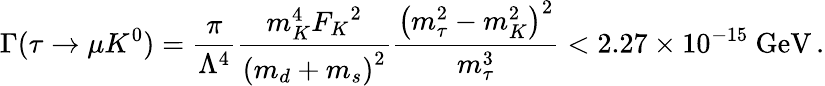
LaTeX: \Gamma(\tau\rightarrow\mu K^{0})=\frac{\pi}{\Lambda^{4}}\frac{m_{K}^{4}{F_{K}}^{2}}{{\left(m_{d}+m_{s}\right)}^{2}}\frac{{\left(m_{\tau}^{2}-m_{K}^{2}\right)}^{2}}{m_{\tau}^{3}}<2.27\times 10^{-15}~\mathrm{GeV}\, .